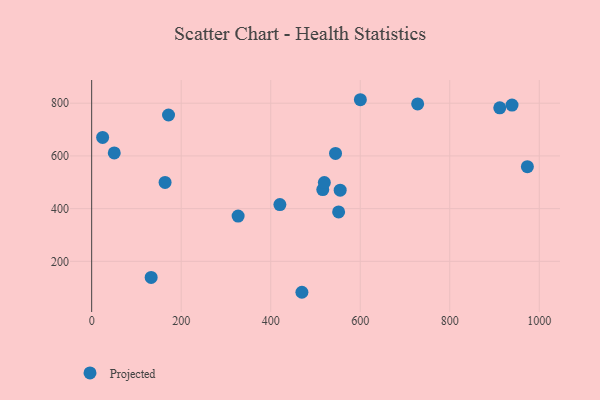
{"axis": {"x": "Experience", "y": "Profit"}, "legend": ["Projected"], "data": [{"x": "24.5", "y": 670.1, "type": "Projected"}, {"x": "544.8", "y": 609.3, "type": "Projected"}, {"x": "50.5", "y": 611.4, "type": "Projected"}, {"x": "171.7", "y": 755.1, "type": "Projected"}, {"x": "516.3", "y": 472.4, "type": "Projected"}, {"x": "551.7", "y": 387.4, "type": "Projected"}, {"x": "600.3", "y": 813.1, "type": "Projected"}, {"x": "911.7", "y": 782.3, "type": "Projected"}, {"x": "132.9", "y": 139.0, "type": "Projected"}, {"x": "555.2", "y": 470.0, "type": "Projected"}, {"x": "469.7", "y": 82.6, "type": "Projected"}, {"x": "973.4", "y": 559.0, "type": "Projected"}, {"x": "519.8", "y": 498.8, "type": "Projected"}, {"x": "327.2", "y": 371.7, "type": "Projected"}, {"x": "939.1", "y": 792.8, "type": "Projected"}, {"x": "164.0", "y": 499.4, "type": "Projected"}, {"x": "728.3", "y": 797.2, "type": "Projected"}, {"x": "420.5", "y": 415.5, "type": "Projected"}]}